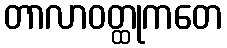
တာလာဝတ္ထုကတေ